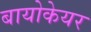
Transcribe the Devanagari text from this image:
बायोकेयर